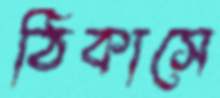
ঠিকাসে